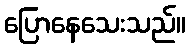
ပြောနေသေးသည်။